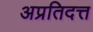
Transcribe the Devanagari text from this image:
अप्रतिदत्त